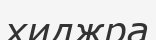
хиджра